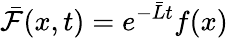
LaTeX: \bar{\mathcal{F}}(x,t)=e^{-\bar{L}t}f(x)